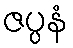
ဇပ္ပနံ